Scottish Leaving Certificate Examination, 1958
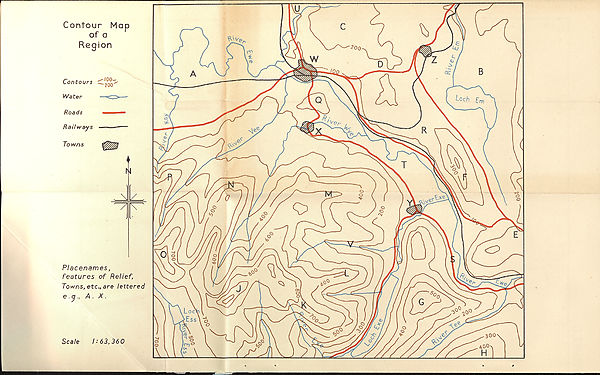
Contour Mop
of a
Region
Contours
Water
—
Roads
Railways
Placenames,
features of Relief,
Towns, etc., are lettered
e .jA . X.
Scale
1:63,360